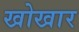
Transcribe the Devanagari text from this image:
खोखार